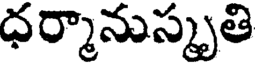
ధర్మానుస్కృతి